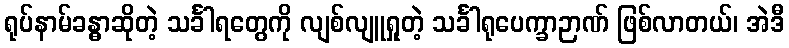
ရုပ်နာမ်ခန္ဓာဆိုတဲ့ သင်္ခါရတွေကို လျစ်လျူရှုတဲ့ သင်္ခါရုပေက္ခာဉာဏ် ဖြစ်လာတယ်၊ အဲဒီ